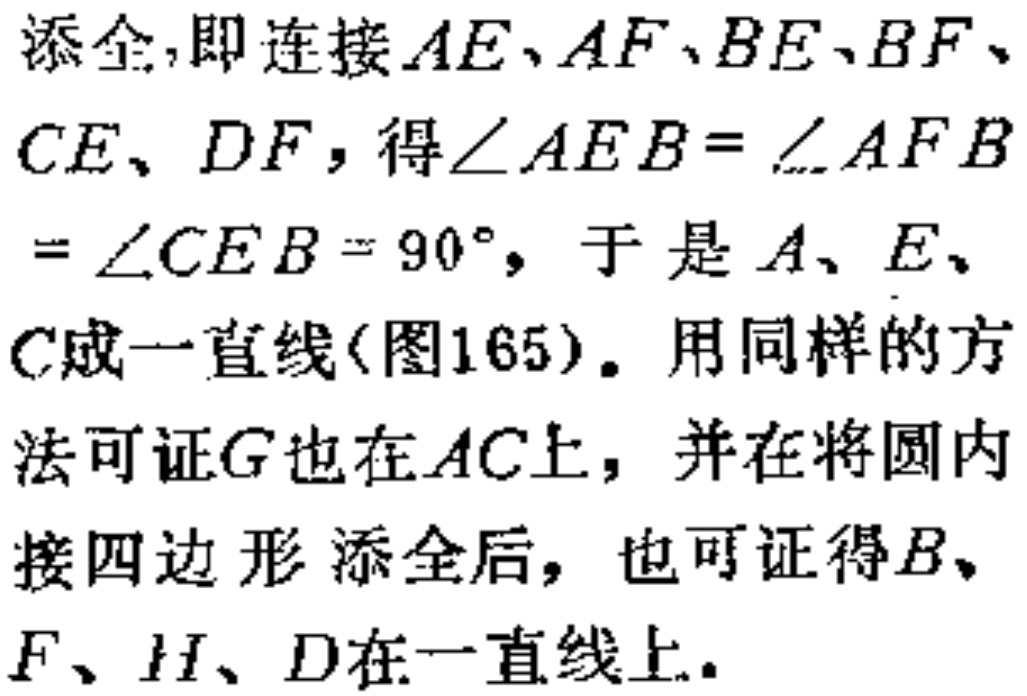
添全,即连接\(AE、AF、BE、BF、CE、DF\)，得\(\angle AEB = \angle AFB=\angle CEB = 90^{\circ}\)，于是\(A、E、C\)成一直线(图165)。用同样的方法可证\(G\)也在\(AC\)上，并在将圆内接四边形添全后，也可证得\(B、F、H、D\)在一直线上。